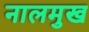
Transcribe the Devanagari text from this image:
नालमुख